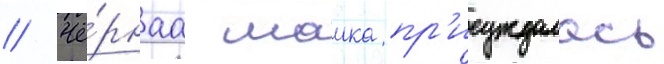
// Чё́рнаа маика пр'исуждалась